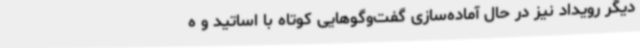
دیگر رویداد نیز در حال آماده‌سازی گفت‌وگوهایی کوتاه با اساتید و ه